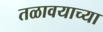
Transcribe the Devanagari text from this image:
तळावयाच्या